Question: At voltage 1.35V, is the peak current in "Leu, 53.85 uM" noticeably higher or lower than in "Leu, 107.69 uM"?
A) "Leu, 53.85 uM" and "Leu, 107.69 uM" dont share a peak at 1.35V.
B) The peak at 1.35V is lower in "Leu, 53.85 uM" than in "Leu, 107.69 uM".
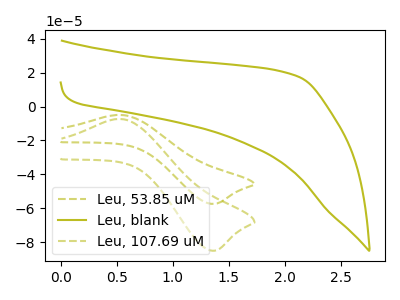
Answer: <think>The olive dashed curve "Leu, 53.85 uM" has an anodic peak at (0.50V, -4.95uA) and a cathodic peak at (1.35V, -57.35uA). The olive curve "Leu, blank" has no peaks. The olive dashed curve "Leu, 107.69 uM" has an anodic peak at (0.50V, -7.30uA) and a cathodic peak at (1.35V, -84.90uA).</think>
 <answer>B) The peak at 1.35V is lower in "Leu, 53.85 uM" than in "Leu, 107.69 uM".</answer>
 <eval>B</eval>